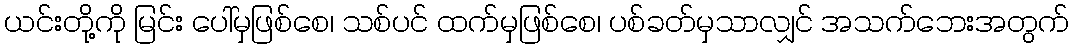
ယင်းတို့ကို မြင်း ပေါ်မှဖြစ်စေ၊ သစ်ပင် ထက်မှဖြစ်စေ၊ ပစ်ခတ်မှသာလျှင် အသက်ဘေးအတွက်